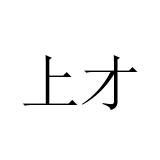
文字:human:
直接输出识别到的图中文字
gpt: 上才